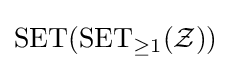
\operatorname {SET} (\operatorname {SET} _{\geq 1}({\mathcal {Z}}))